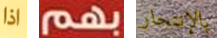
اذا بهم بالإنتحار